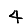
Digit: 4